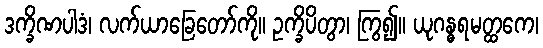
ဒက္ခိဏပါဒံ၊ လက်ယာခြေတော်ကို။ ဥက္ခိပိတွာ၊ ကြွ၍။ ယုဂန္ဓရမတ္ထကေ၊